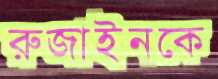
রুজাইনকে